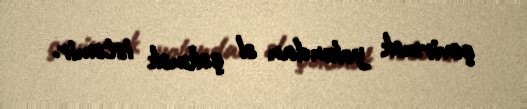
çevirmək yolundan əl çəkmək istəmir.